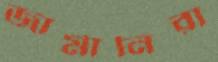
জার্মানিরা